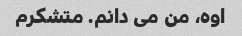
اوه، من می دانم. متشکرم